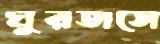
ঘুরতাসে